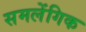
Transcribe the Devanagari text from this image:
समलेंगिक